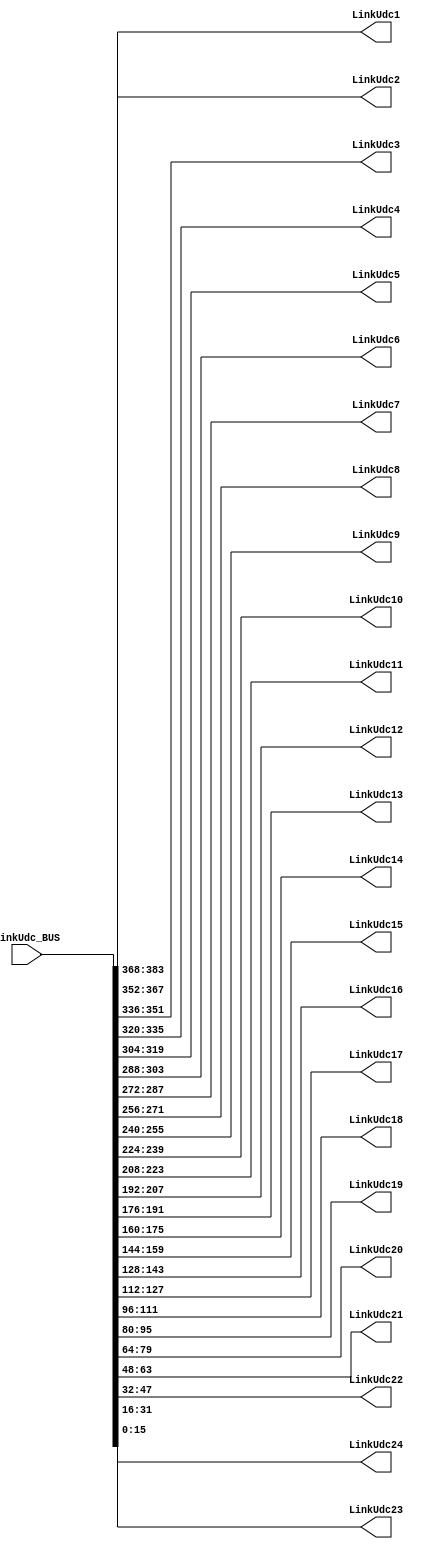
`timescale 1ns / 1ps
//////////////////////////////////////////////////////////////////////////////////
// Company:  CEPRI
// 
// Design Name: 
// Module Name:    UdcBUS_Conv_Phase 
// Project Name: 
// Target Devices: 
// Tool versions: 
// Description: 
//
// Dependencies: 
//
// Revision: 
// Revision 0.01 - File Created
// Additional Comments: 
//
//////////////////////////////////////////////////////////////////////////////////
module UdcBUS_Conv_Phase(input [383:0]LinkUdc_BUS,
							    output [15:0]LinkUdc1,LinkUdc2,LinkUdc3,LinkUdc4,LinkUdc5,LinkUdc6,LinkUdc7,LinkUdc8,LinkUdc9,LinkUdc10,
											LinkUdc11,LinkUdc12,LinkUdc13,LinkUdc14,LinkUdc15,LinkUdc16,LinkUdc17,LinkUdc18,LinkUdc19,LinkUdc20,
											LinkUdc21,LinkUdc22,LinkUdc23,LinkUdc24);
											
assign 	 LinkUdc1 = 	LinkUdc_BUS[16*23+15:16*23];					 
assign 	 LinkUdc2 = 	LinkUdc_BUS[16*22+15:16*22];
assign 	 LinkUdc3 = 	LinkUdc_BUS[16*21+15:16*21];
assign 	 LinkUdc4 = 	LinkUdc_BUS[16*20+15:16*20];
assign 	 LinkUdc5 = 	LinkUdc_BUS[16*19+15:16*19];
assign 	 LinkUdc6 = 	LinkUdc_BUS[16*18+15:16*18];
assign 	 LinkUdc7 = 	LinkUdc_BUS[16*17+15:16*17];
assign 	 LinkUdc8 = 	LinkUdc_BUS[16*16+15:16*16];
assign 	 LinkUdc9 = 	LinkUdc_BUS[16*15+15:16*15];
assign 	 LinkUdc10 = 	LinkUdc_BUS[16*14+15:16*14];
assign 	 LinkUdc11 = 	LinkUdc_BUS[16*13+15:16*13];
assign 	 LinkUdc12 = 	LinkUdc_BUS[16*12+15:16*12];
assign 	 LinkUdc13 = 	LinkUdc_BUS[16*11+15:16*11];
assign 	 LinkUdc14 = 	LinkUdc_BUS[16*10+15:16*10];
assign 	 LinkUdc15 = 	LinkUdc_BUS[16*9+15:16*9];
assign 	 LinkUdc16 = 	LinkUdc_BUS[16*8+15:16*8];
assign 	 LinkUdc17 = 	LinkUdc_BUS[16*7+15:16*7];
assign 	 LinkUdc18 = 	LinkUdc_BUS[16*6+15:16*6];
assign 	 LinkUdc19 = 	LinkUdc_BUS[16*5+15:16*5];
assign 	 LinkUdc20 = 	LinkUdc_BUS[16*4+15:16*4];
assign 	 LinkUdc21 = 	LinkUdc_BUS[16*3+15:16*3];
assign 	 LinkUdc22 = 	LinkUdc_BUS[16*2+15:16*2];
assign 	 LinkUdc23 = 	LinkUdc_BUS[16*1+15:16*1];
assign 	 LinkUdc24 = 	LinkUdc_BUS[15:0];    


endmodule